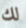
لك